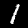
Digit: 1